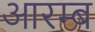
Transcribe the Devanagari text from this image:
आरम्ब